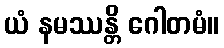
ယံ နမဿန္တိ ဂေါတမံ။